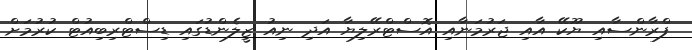
ފްރާންސާއި ޔޫކޭ އާއި ޖަރުމަނާއި އޮސްޓްރޭލިޔާ އަދި ނިއު ޒީލެންޑުގައި ޑިސްޓްރިބިއުޓް ކުރުމަށް